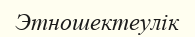
Этношектеулік